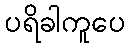
ပရိခါကူပေ